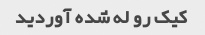
کیک رو له شده آوردید